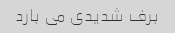
برف شدیدی می بارد